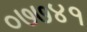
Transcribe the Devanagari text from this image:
०७७४१